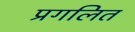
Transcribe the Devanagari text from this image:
प्रगलित